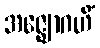
အဇ္ဈောဂဟိံ